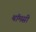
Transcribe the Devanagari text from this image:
थॉमसी